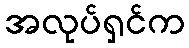
အလုပ်ရှင်က